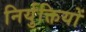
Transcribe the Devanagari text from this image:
निर्युक्तियों